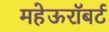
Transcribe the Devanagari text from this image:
महेऊरॉबर्ट